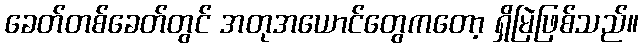
ခေတ်တစ်ခေတ်တွင် အတုအယောင်တွေကတော့ ရှိမြဲဖြစ်သည်။